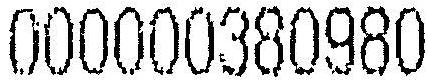
000000380980